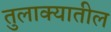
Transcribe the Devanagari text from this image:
तुलाक्यातील